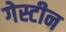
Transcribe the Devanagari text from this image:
गेस्टीन